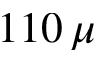
1 1 0 \, \mu